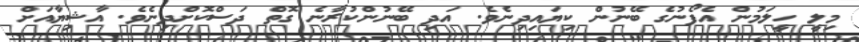
މިލީ ހީލަމުން އެފޯނުގެ ބޭނުން ކިޔައިދިނެވެ. އަދި ބޭނުންކުރާނެ ގޮތް ދަސްކޮށްދިނެވެ. އާޝިޔާއަށް